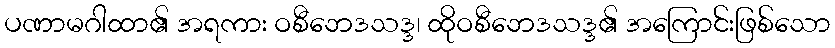
ပဏာမဂါထာ၏ အရကား ဝစီဘေဒသဒ္ဒ၊ ထိုဝစီဘေဒသဒ္ဒ၏ အကြောင်းဖြစ်သော